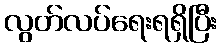
လွတ်လပ်ရေးရရှိပြီး